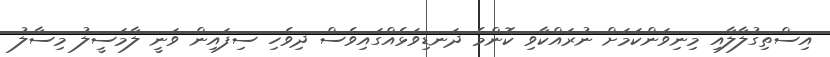
އިސްތިގުލާލާއި މިނިވަންކަމަށް ނުރައްކާވި ކޮންމެ ދަނޑިވަޅެއްގައިވެސް ދިވެހި ސިފައިން ވަނީ ލާމަސީލު މިސާލު